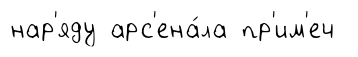
нар'яду арс'ена́ла пр'им'еч